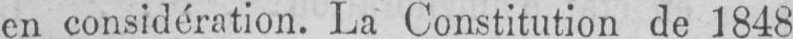
en considération. La Constitution de 1848